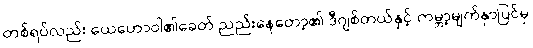
တစ်ရပ်လည်း ယေဟောဝါ၏ခေတ် ညည်းနေတော့၏ ဒီဂျစ်တယ်နှင့် ကမ္ဘာ့မျက်နှာပြင်မှ